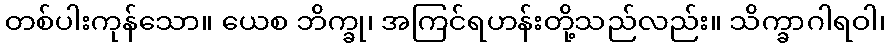
တစ်ပါးကုန်သော။ ယေစ ဘိက္ခု၊ အကြင်ရဟန်းတို့သည်လည်း။ သိက္ခာဂါရဝါ၊